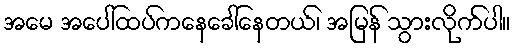
အမေ အပေါ်ထပ်ကနေခေါ်နေတယ်၊ အမြန် သွားလိုက်ပါ။